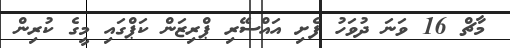
މާޗް 16 ވަނަ ދުވަހު ފެށި އައްސޭރި ޕްރިޒަން ކަޕްގައި މީގެ ކުރިން